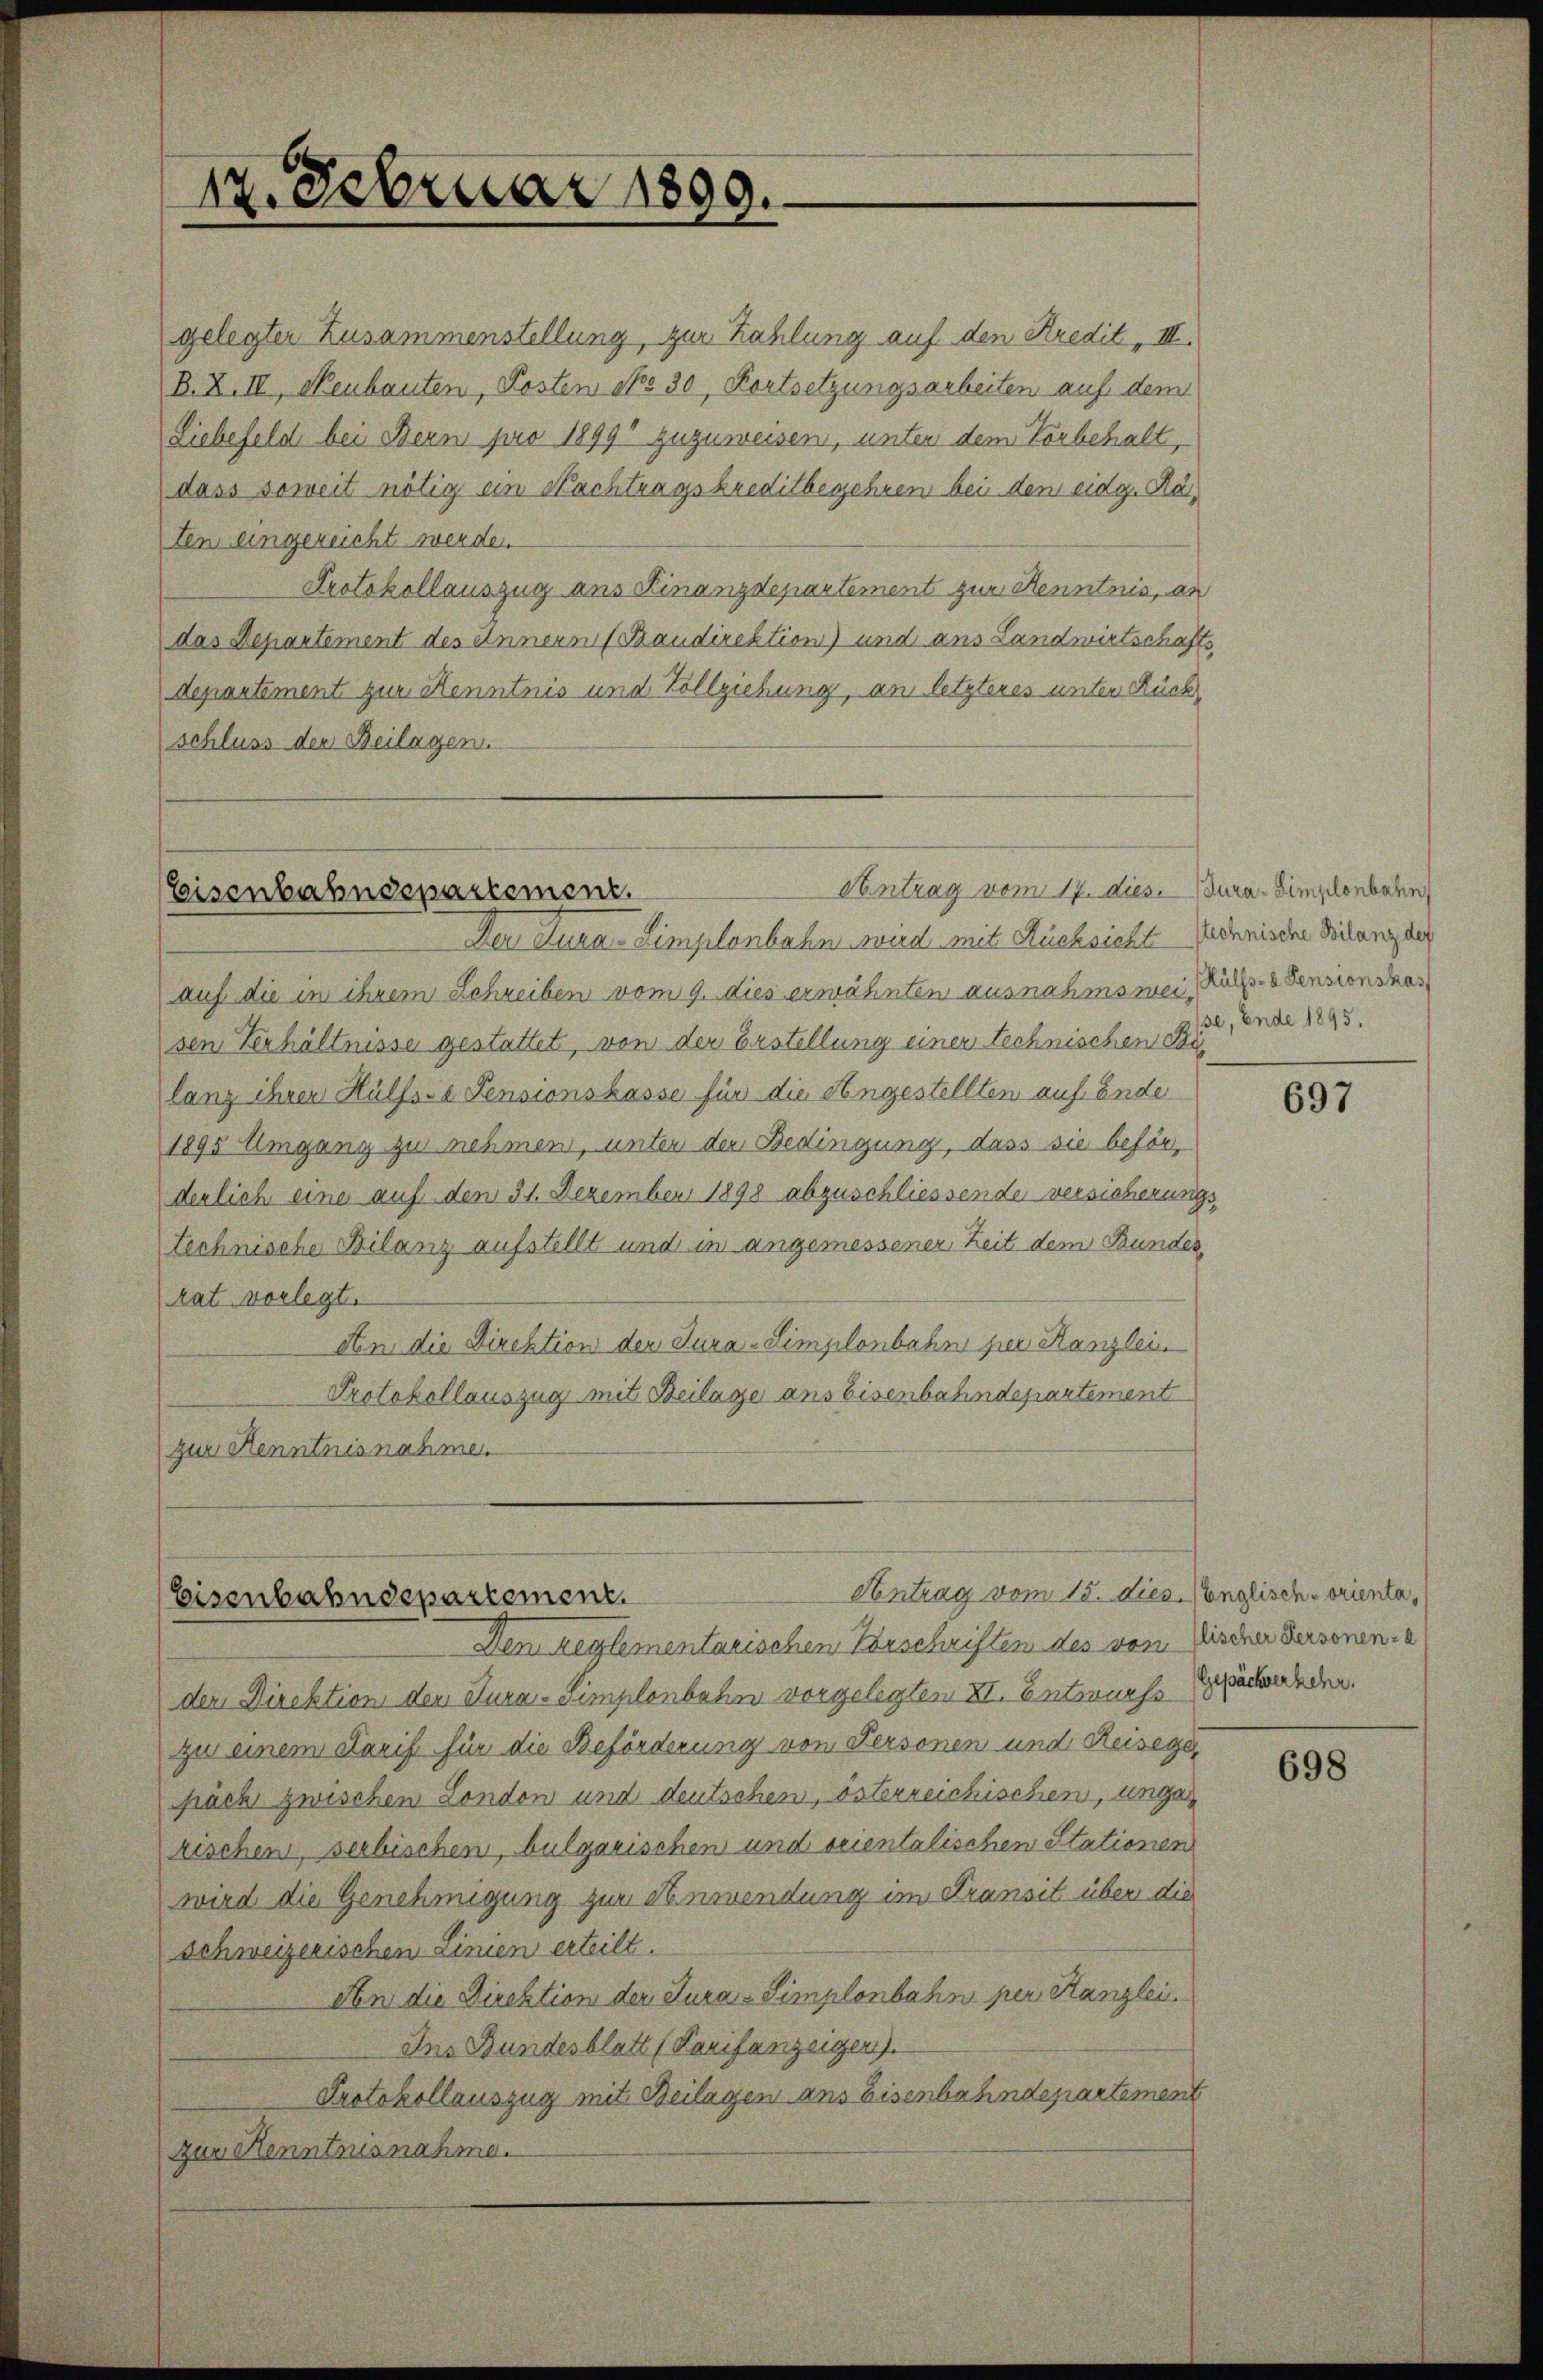
12. Februar 1809.

gelegter Zusammenstellung, zur Zahlung auf den Kredit, III.
B. X. II, Neubauten, Posten No 30, Fortsetzungsarbeiten auf dem
Liebefeld bei Bern pro 1899 zuzuweisen, unter dem Vorbehalt,
dass soweit nötig ein Nachtragskreditbegehren bei den eidg. Raten eingezeicht werde.
Protokollauszug aus Finanzdepartement zur Kenntnis, an
das Departement des Innern (Baudirektion) und aus Landwirtschaftsdepartement zur Kenntnis und Vollziehung, an letzteres unter Rückschluss der Beilagen.

Contrag vom 17. dies. dura-Simplonbahn
Eisenbahndepartement.

Der Jura-Limplonbahn wird mit Rücksicht rechnische Bilanz der
auf die in ihrem Schreiben vom 9. dies erwähnten ausnahmswei Kulp. Sensionskar
sen Verhältnisse gestattet, von der Erstellung einer technischen Silang ihrer Hülfsse Pensionskasse für die Angestellten auf Ende
1895 Umgang zu nehmen, unter der Bedingung, dass sie befördenlich eine auf dem 31. Dezember 1898 abzuschliessende versicherungstechnische Bilanz aufstellt und in angemessener Zeit dem Bundes,
rat vorlegt.
An die Direktion der Jura-Simplonbahn per Kanzlei.
Protokollauszug mit Beilage ans Eisenbahndepartement
zur Kenntnisnahme.

Antrag vom 15. dies. Vonglisch-orienta,
Eisenbahndepartement.

Den reglementarischen Vorschriften des von Fischer Personen-
der Direktion den Jura simplenbahn vorgelegten XI. Entwurfs Sachender.
zu einem Tarif für die Beförderung von Personen und Reisege
pächt zwischen London und deutschen, österreichischen, ungerischen, serbischen, bulgarischen und seientalischen Stationen
wird die Genehmigung zur Anwendung im Transit über die
Schweizerischen Linien erteilt.
An die Direktion der Jura-Simplonbahn per Kanzlei
Ins Bundesblatt (Tarifanzeigen).
Protokollauszug mit Beilagen ans Eisenbahndepartement
zur Kenntnisnahme.

se, Ende 1895.

697

698